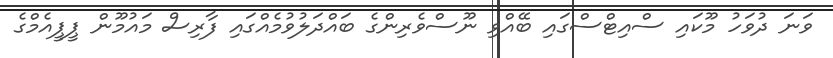
ވަނަ ދުވަހު މޫކައި ސްއިޓްސްގައި ބޭއްވި ނޫސްވެރިންގެ ބައްދަލުވުމެއްގައި ފާރިސް މައުމޫން ޕީޕީއެމްގެ